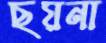
ছয়না